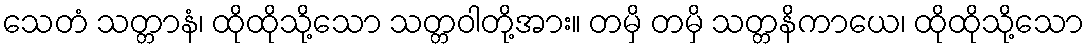
သေတံ သတ္တာနံ၊ ထိုထိုသို့သော သတ္တဝါတို့အား။ တမှိ တမှိ သတ္တနိကာယေ၊ ထိုထိုသို့သော